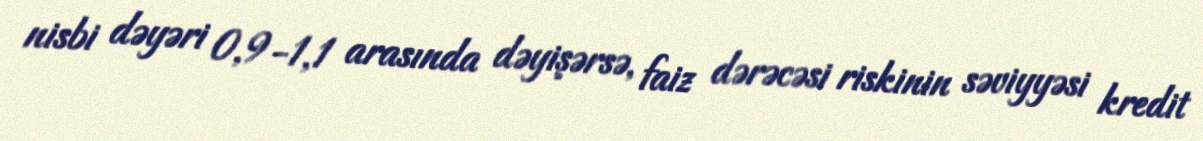
nisbi dəyəri 0,9-1,1 arasında dəyişərsə, faiz dərəcəsi riskinin səviyyəsi kredit